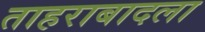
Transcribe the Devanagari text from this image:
ताहराबादला